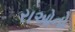
રાઓનો